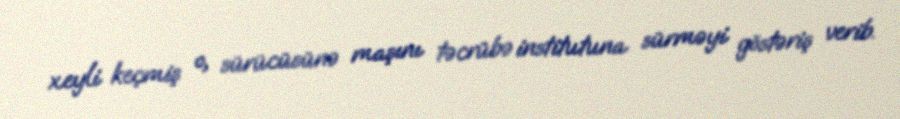
xeyli keçmiş o, sürücüsünə maşını təcrübə institutuna sürməyi göstəriş verib.